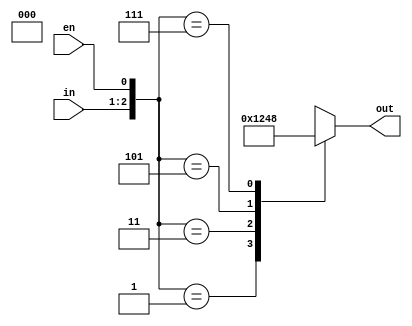
module Decoder_Behavioral(out, in, en);
	output [3:0] out;									// 
	
	input [1:0] in; 									// 
	input en;											//  
	reg [3:0] out;
	
	always @(in or en)
		begin
			case({in[1],in[0],en})					//   Case 
			3'b001 : out = 4'b0001;					// 00  
			3'b011 : out = 4'b0010;					// 01  
			3'b101 : out = 4'b0100;					// 10  
			3'b111 : out = 4'b1000;					// 11  
			default : out = 1'bx;
			endcase
		end
		
endmodule